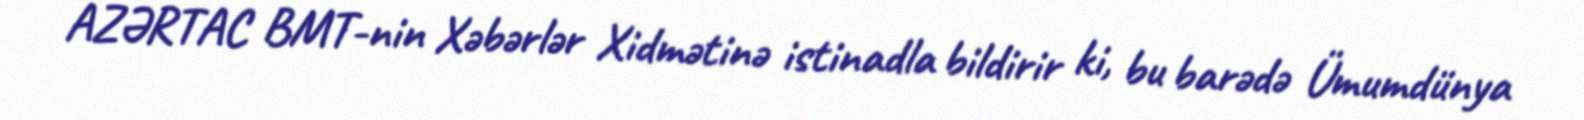
AZƏRTAC BMT-nin Xəbərlər Xidmətinə istinadla bildirir ki, bu barədə Ümumdünya